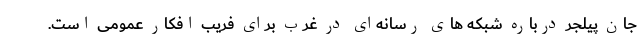
جان پیلجر درباره شبکه های رسانه‌ای در غرب برای فریب افکار عمومی است.